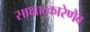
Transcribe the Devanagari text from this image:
साक्षात्कारेणैव